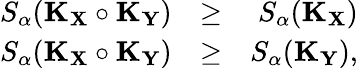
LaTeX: \begin{array}{rlr}{S_{\alpha}(\mathbf{K}_{\mathbf{X}}\circ\mathbf{K}_{\mathbf{Y}})}&{\geq}&{S_{\alpha}(\mathbf{K}_{\mathbf{X}})}\\ {S_{\alpha}(\mathbf{K}_{\mathbf{X}}\circ\mathbf{K}_{\mathbf{Y}})}&{\geq}&{S_{\alpha}(\mathbf{K}_{\mathbf{Y}}),}\end{array}